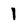
Character: l